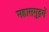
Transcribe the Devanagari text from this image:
महासमुद्रमें